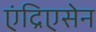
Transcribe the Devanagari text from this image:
एंद्रिएसेन